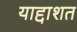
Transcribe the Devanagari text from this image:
याद्दाशत